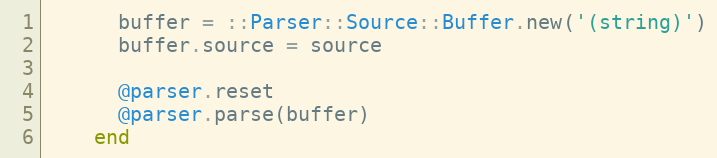
Language: Ruby
      buffer = ::Parser::Source::Buffer.new('(string)')
      buffer.source = source

      @parser.reset
      @parser.parse(buffer)
    end